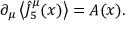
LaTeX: \partial _ { \mu } \left\langle \hat { J } _ { 5 } ^ { \mu } ( x ) \right\rangle = { \cal A } ( x ) .